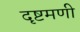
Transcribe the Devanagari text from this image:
दृष्टमणी